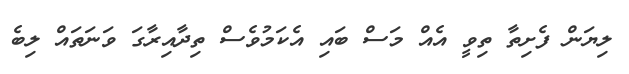
ލިޔަން ފެށިތާ ތިވީ އެއް މަސް ބައި އެކަމުވެސް ތިދާއިރާގަ ވަނަތައް ލިބެ